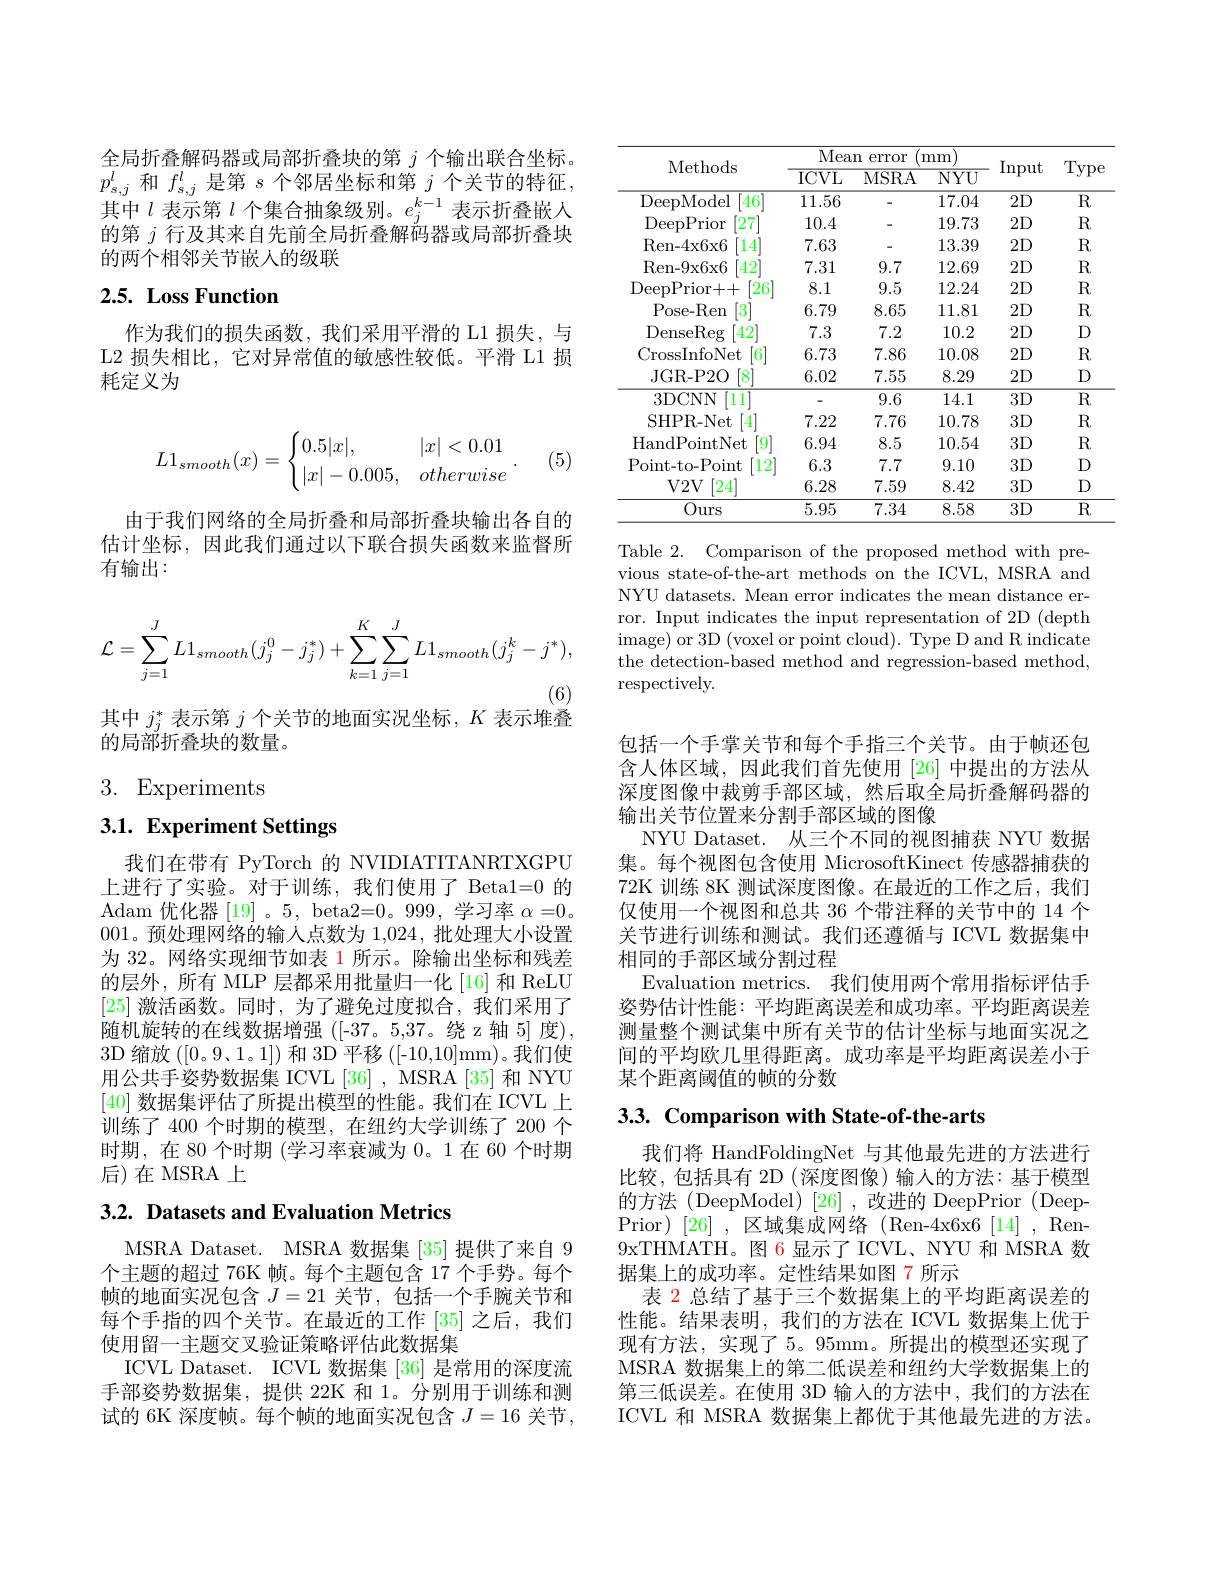
全局折叠解码器或局部折叠块的第$j$个输出联合坐标。$p_{s,j}^l$和$f_s,j^l$是第$s$个邻居坐标和第$j$个关节的特征， 其中$l$表示第$l$个集合抽象级别。$e_j^k-1$表示折叠嵌人的第$j$行及其来自先前全局折叠解码器或局部折叠块的两个相邻关节嵌人的级联

## 2.5. Loss Function

作为我们的损失函数，我们采用平滑的 L1 损失，与L2 损失相比，它对异常值的敏感性较低。平滑 L1 损耗定义为
$$L1_{smooth}(x)=\begin{cases}0.5|x|,&|x|<0.01\\|x|-0.005,&otherwise\end{cases}.$$
(5)

由于我们网络的全局折叠和局部折叠块输出各自的估计坐标，因此我们通过以下联合损失函数来监督所有输出：
$$\mathcal{L}=\sum_{j=1}^JL1_{smooth}(j_j^0-j_j^*)+\sum_{k=1}^K\sum_{j=1}^JL1_{smooth}(j_j^k-j^*),$$
其中$j_j^*$表示第$j$个关节的地面实况坐标，$K$表示堆叠

的局部折叠块的数量。

# 3. Experiments

# 3.1. Experiment Settings

我们在带有 PyTorch 的 NVIDIATITANRTXGPU 上进行了实验。对于训练，我们使用了 Beta1=0 的Adam 优化器[19]。5,beta2=0。999,学习率 $\alpha=0$。001。预处理网络的输入点数为 1,024,批处理大小设置为 32。网络实现细节如表 1 所示。除输出坐标和残差的层外，所有 MLP 层都采用批量归一化[16] 和 ReLU [25]激活函数。同时，为了避免过度拟合，我们采用了随机旋转的在线数据增强([-37。5,37。绕z轴5]度). 3D 缩放([0。9、1。1])和 3D 平移 ([-10,10]mm)。我们使用公共手姿势数据集 ICVL[36] , MSRA[35] 和 NYU [40]数据集评估了所提出模型的性能。我们在 ICVL 上训练了 400 个时期的模型，在纽约大学训练了 200 个时期，在 80 个时期 (学习率衰减为0。1 在 60 个时期后)在 MSRA 上

## 3.2. Datasets and Evaluation Metrics

MSRA Dataset. MSRA 数据集 [35] 提供了来自 9个主题的超过 76K 帧。每个主题包含 17 个手势。每个帧的地面实况包含$J=21$关节，包括一个手腕关节和每个手指的四个关节。在最近的工作 [35] 之后，我们使用留一主题交叉验证策略评估此数据集
ICVL Dataset. ICVL 数据集 [36] 是常用的深度流手部姿势数据集，提供 22K 和 1。分别用于训练和测试的 6K 深度帧。每个帧的地面实况包含$J=16$关节，

<table>
	<tbody>
		<tr>
			<th rowspan="2">Methods</th>
			<th colspan="3">Mean error mm</th>
			<th rowspan="2">Input</th>
			<th rowspan="2">Type</th>
		</tr>
		<tr>
			<th>$ICVL$</th>
			<th>MSRA</th>
			<th>$\overline{\mathrm{NYU}}$</th>
		</tr>
		<tr>
			<td>DeepModel $46^{\prime}$</td>
			<td>11.56</td>
			<td> </td>
			<td>17.04</td>
			<td>2D</td>
			<td>$\overline{\mathrm{R}}$</td>
		</tr>
		<tr>
			<td>DeepPrior 27</td>
			<td>10.4</td>
			<td> </td>
			<td>19.73</td>
			<td>2D</td>
			<td>$R$</td>
		</tr>
		<tr>
			<td>Ren- 4x6x6 14</td>
			<td>7.63</td>
			<td> </td>
			<td>13.39</td>
			<td>2D</td>
			<td>$R$</td>
		</tr>
		<tr>
			<td>Ren- 9x6x6 $42^{'}$</td>
			<td>7.31</td>
			<td>9.7</td>
			<td>12.69</td>
			<td>2D</td>
			<td>$R$</td>
		</tr>
		<tr>
			<td>DeepPrior+ + $\lceil26\rceil$</td>
			<td>8.1</td>
			<td>9.5</td>
			<td>12.24</td>
			<td>2D</td>
			<td>$R$</td>
		</tr>
		<tr>
			<td>Pose- Ren $3^{\prime}$</td>
			<td>6.79</td>
			<td>8.65</td>
			<td>11.81 1</td>
			<td>2D</td>
			<td>$R$</td>
		</tr>
		<tr>
			<td>DenseReg $42^{'}$</td>
			<td>7.3</td>
			<td>7.2</td>
			<td>10.2</td>
			<td>2D</td>
			<td>D</td>
		</tr>
		<tr>
			<td>CrossInfoNet $6^{\prime}$</td>
			<td>6.73</td>
			<td>7.86</td>
			<td>10.08</td>
			<td>2D</td>
			<td>$R$</td>
		</tr>
		<tr>
			<td>JGR- P2O A</td>
			<td>6.02</td>
			<td>7.55</td>
			<td>8.29</td>
			<td>2D</td>
			<td>D</td>
		</tr>
		<tr>
			<td>3DCNN '11</td>
			<td> </td>
			<td>9.6</td>
			<td>14.1</td>
			<td>$3D$</td>
			<td>$\overline{\mathrm{R}}$</td>
		</tr>
		<tr>
			<td>SHPR-Net</td>
			<td>7.22</td>
			<td>7.76</td>
			<td>10.78</td>
			<td>$3D$</td>
			<td>$R$</td>
		</tr>
		<tr>
			<td>HandPointNet 91</td>
			<td>6.94</td>
			<td>8.5</td>
			<td>10.54</td>
			<td>$3D$</td>
			<td>$R$</td>
		</tr>
		<tr>
			<td>Point- to- Point $12^{'}$</td>
			<td>6.3</td>
			<td>7.7</td>
			<td>9.10</td>
			<td>$3D$</td>
			<td>D</td>
		</tr>
		<tr>
			<td>$V2V$ $[24^{\cdot}]$</td>
			<td>6.28</td>
			<td>7.59</td>
			<td>8.42</td>
			<td>$3D$</td>
			<td>D</td>
		</tr>
		<tr>
			<td>Ours</td>
			<td>5.95</td>
			<td>7.34</td>
			<td>8.58</td>
			<td>$3D$</td>
			<td>$R$</td>
		</tr>
	</tbody>
</table>

Table 2. Comparison of the proposed method with previous state-of-the-art methods on the ICVL, MSRA and NYU datasets. Mean error indicates the mean distance error. Input indicates the input representation of 2D (depth image) or 3D (voxel or point cloud). Type D and R indicate the detection-based method and regression-based method, respectively.

包括一个手掌关节和每个手指三个关节。由于帧还包含人体区域，因此我们首先使用[26]中提出的方法从深度图像中裁剪手部区域，然后取全局折叠解码器的输出关节位置来分割手部区域的图像
NYU Dataset. 从三个不同的视图捕获 NYU 数据集。每个视图包含使用 MicrosoftKinect 传感器捕获的72K 训练 8K 测试深度图像。在最近的工作之后，我们仅使用一个视图和总共 36 个带注释的关节中的 14 个关节进行训练和测试。我们还遵循与 ICVL 数据集中相同的手部区域分割过程
Evaluation metrics. 我们使用两个常用指标评估手姿势估计性能：平均距离误差和成功率。平均距离误差测量整个测试集中所有关节的估计坐标与地面实况之间的平均欧几里得距离。成功率是平均距离误差小于某个距离阈值的帧的分数

3.3. Comparison with State-of-the-arts

我们将 HandFoldingNet 与其他最先进的方法进行比较，包括具有 2D(深度图像)输入的方法：基于模型的方法(DeepModel)[26],改进的 DeepPrior(DeepPrior)[26],区域集成网络(Ren-4x6x6[14],Ren- 9xTHMATH。图 6显示了 ICVL、NYU 和 MSRA 数据集上的成功率。定性结果如图 7 所示
表 2 总结了基于三个数据集上的平均距离误差的性能。结果表明，我们的方法在 ICVL 数据集上优于现有方法，实现了 5。95mm。所提出的模型还实现了MSRA 数据集上的第二低误差和纽约大学数据集上的第三低误差。在使用 3D 输入的方法中，我们的方法在ICVL 和 MSRA 数据集上都优于其他最先进的方法。